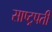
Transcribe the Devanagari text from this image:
साष्ट्रपती